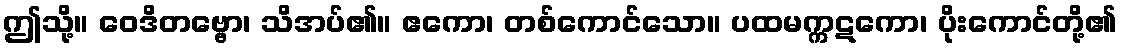
ဤသို့။ ဝေဒိတဗ္ဗော၊ သိအပ်၏။ ဧကော၊ တစ်ကောင်သော။ ပထမက္ကဋကော၊ ပိုးကောင်တို့၏